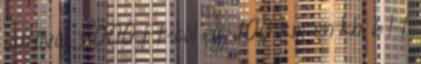
autóval. 5000 Ft-ból egy 100 km-en kb. 6 l-t